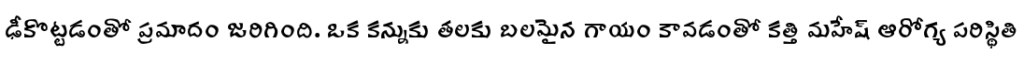
ఢీకొట్టడంతో ప్రమాదం జరిగింది. ఒక కన్నుకు తలకు బలమైన గాయం కావడంతో కత్తి మహేష్ ఆరోగ్య పరిస్థితి